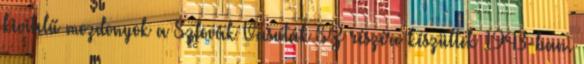
kivitelű mozdonyok a Szlovák Vasutak SŽ részére készültek 1943-ban.